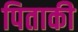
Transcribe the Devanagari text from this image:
पिताकी